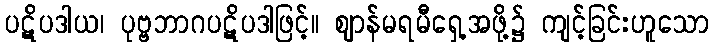
ပဋိပဒါယ၊ ပုဗ္ဗဘာဂပဋိပဒါဖြင့်။ ဈာန်မရမီရှေ့အဖို့၌ ကျင့်ခြင်းဟူသော